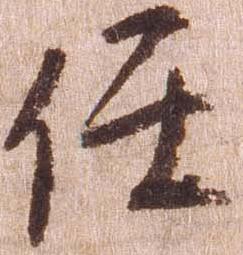
任